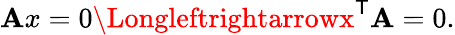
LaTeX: \mathbf{A}x=0\Longleftrightarrowx^{\mathsf{{T}}}\mathbf{A}=0.